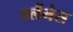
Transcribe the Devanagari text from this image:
वर्लैनेस